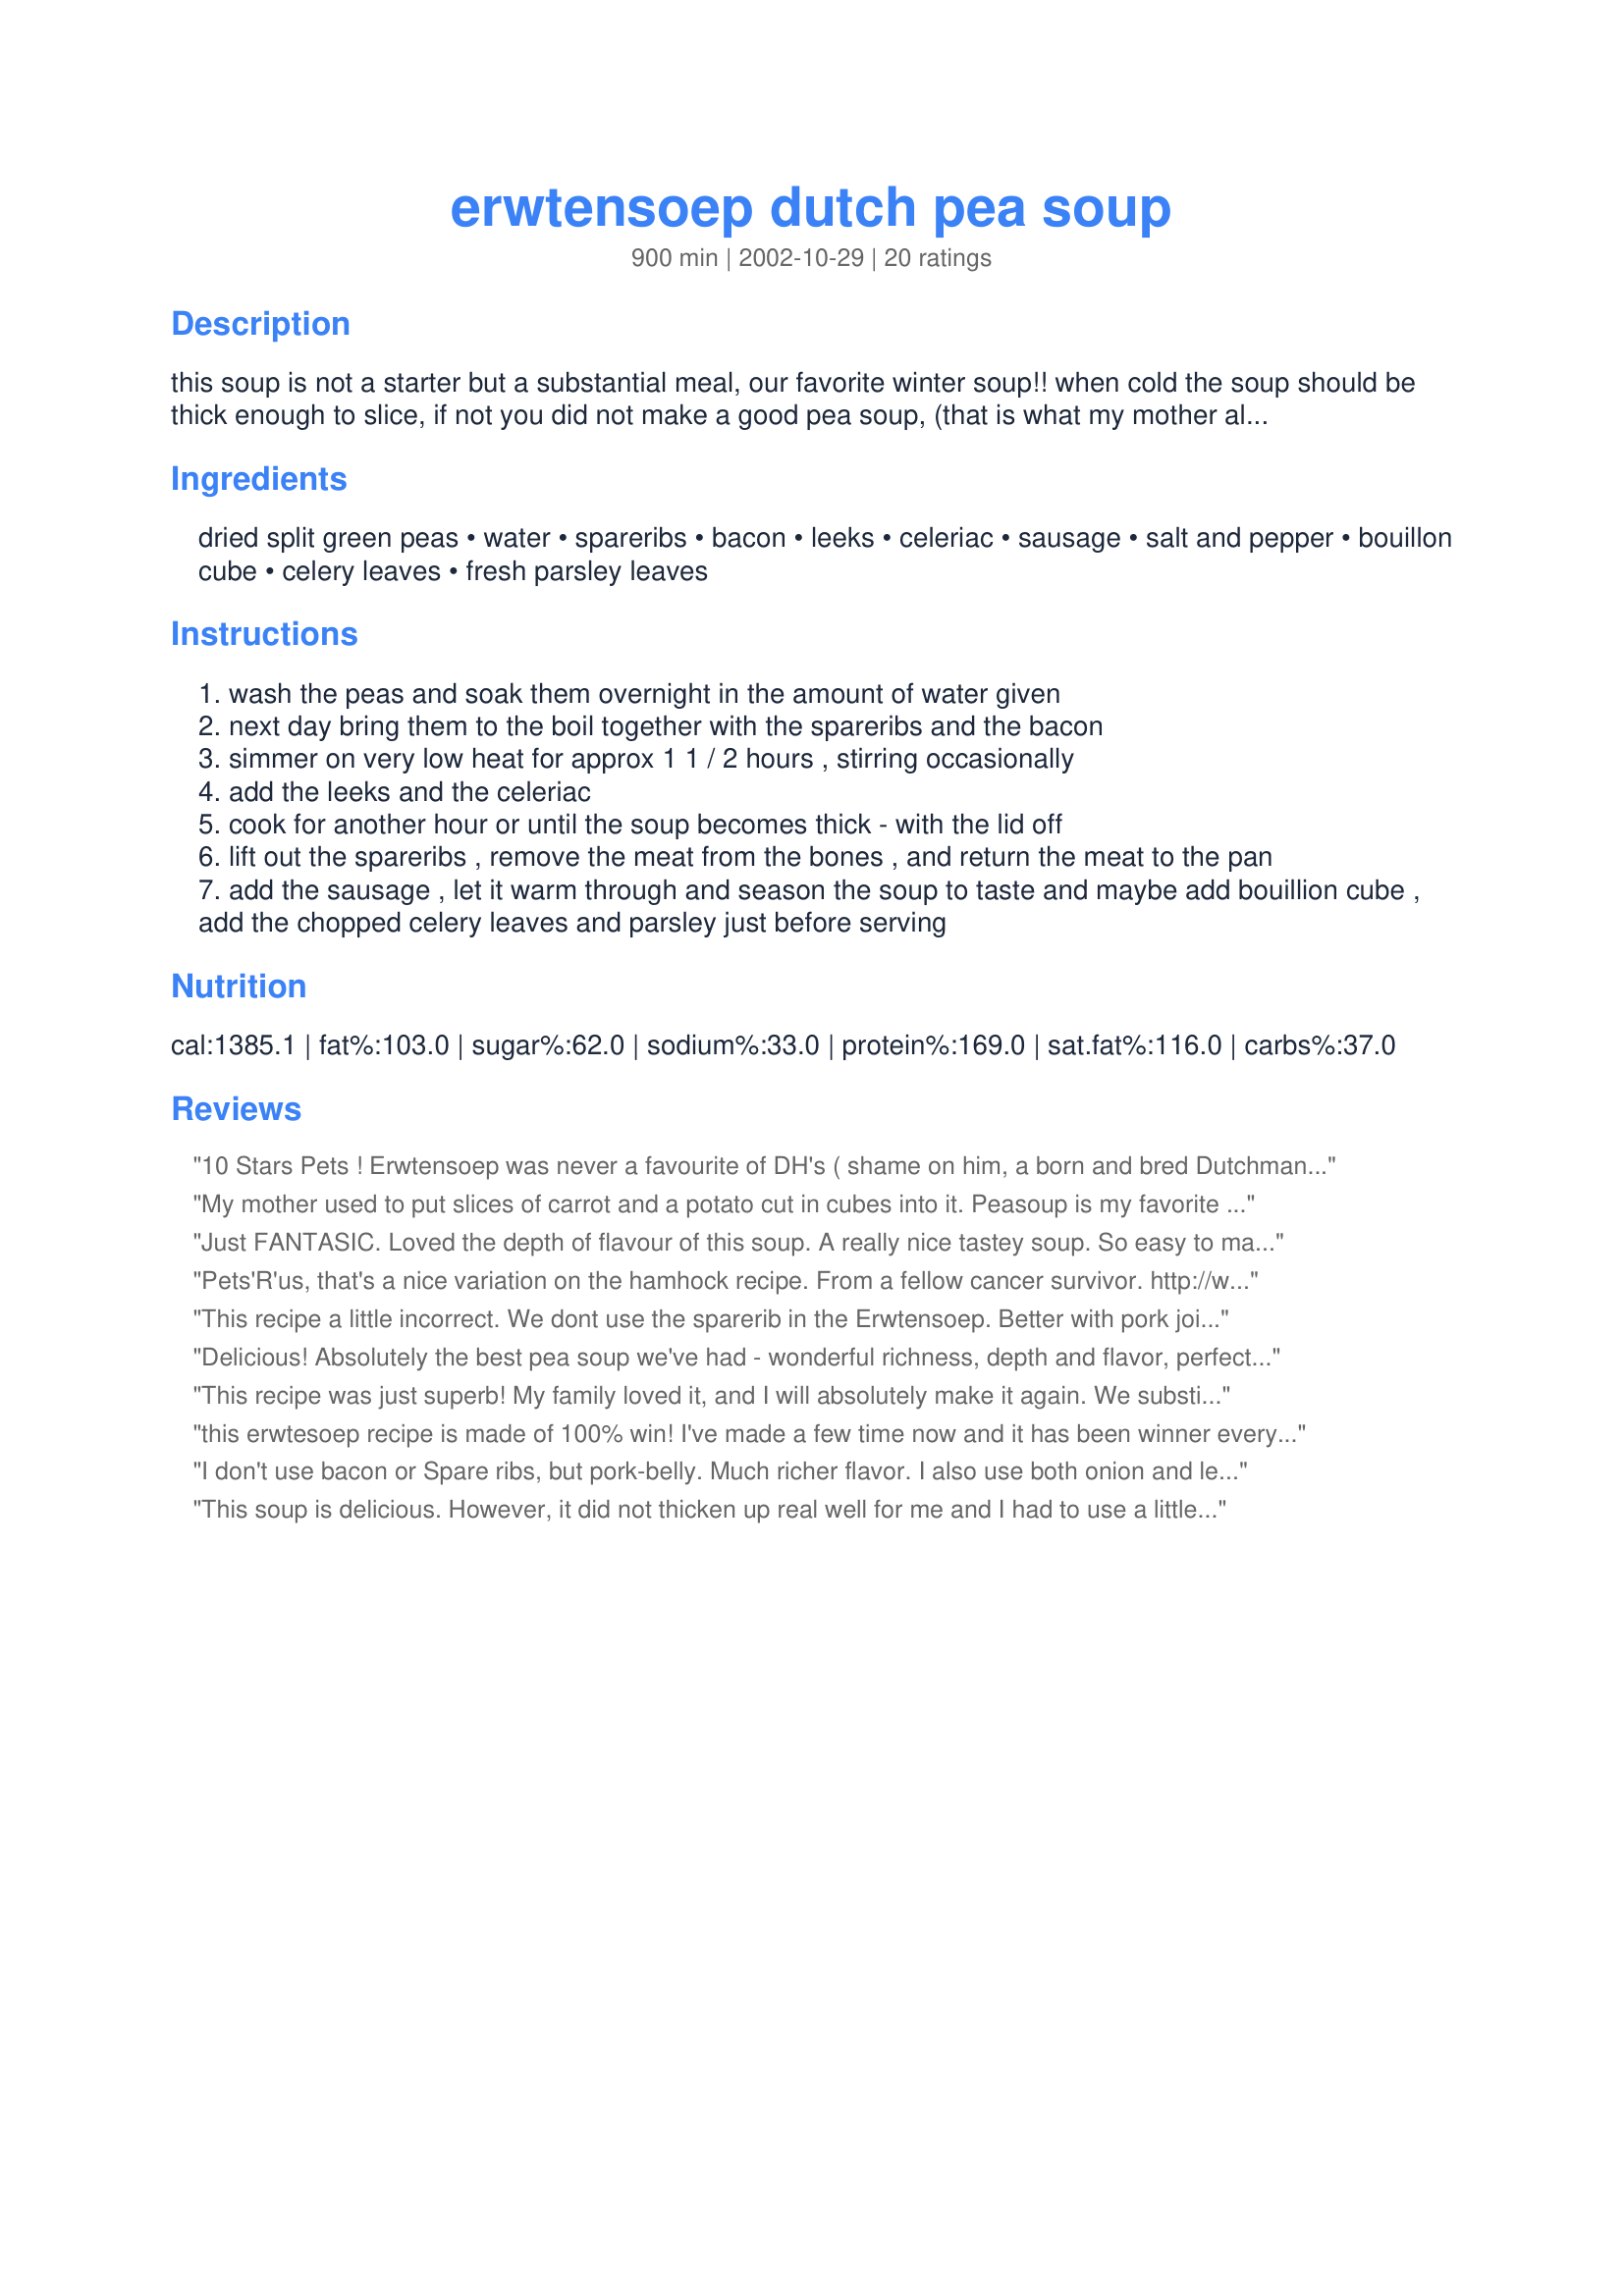
erwtensoep dutch pea soup
Preparation time: 900 minutes

this soup is not a starter but a substantial meal, our favorite winter soup!! when cold the soup should be thick enough to slice, if not you did not make a good pea soup, (that is what my mother always told me!) traditionally served with pumpernickel bread. freezes well. i use 2 1/2 cups of split peas and find that thick enough, but for the true thick dutch version you should use 3 1/2 cups.
after a discussion with other zaar members i like to add this: if you like, add some chopped carrots to the soup and you can make the soup without having to soak the split peas overnight.

Ingredients:
dried split green peas, water, spareribs, bacon, leeks, celeriac, sausage, salt and pepper, bouillon cube, celery leaves, fresh parsley leaves

Steps:
wash the peas and soak them overnight in the amount of water given
next day bring them to the boil together with the spareribs and the bacon
simmer on very low heat for approx 1 1 / 2 hours , stirring occasionally
add the leeks and the celeriac
cook for another hour or until the soup becomes thick - with the lid off
lift out the spareribs , remove the meat from the bones , and return the meat to the pan
add the sausage , let it warm through and season the soup to taste and maybe add bouillion cube , add the chopped celery leaves and parsley just before serving

Reviews:
10 Stars Pets ! Erwtensoep was never a favourite of DH's ( shame on him, a born and bred Dutchman LOL !!! ) but I adore the stuff and usually eat it alone. THEN, SiL got celeriac in her to-the-door organic box delivery and she hates the stuff so other SiL and I went half each and I went in search of a pea soup that would contain celeriac. Yours of course does, so is a REAL Dutch born and bred authentic version and I must say,... when DH tasted this and muttered that he might grow to actually LIKE erwtensoep every now and agin if it was make like THIS, then I knew that this was a winner indeed. Since I only had half of a celeriac, I also added celery .. heck the more the merrier, the taste of both is excellent. The spareribs touch is devine as I like this soup meaty but not too fatty. to this end I used a leaner bacon and plenty of it, and added a heap of Rookworst, again the more the better in my estimation. The end result is a super thick soup that you can not only cut with a knife when it's cold (true test of excellent Dutch Pea Soup tradition) but that will stack up very nicely indeed in your freezer. This is no wimp of a boullion soup, it's full and hearty and so substantial that it will keep you going on the coldest of days. Please see my rating system: 5 excellent stars for a recipes that uses celeriac AND convinced DH that Erwtensoep was actually pretty brilliant after all. Thanks !!!
My mother used to put slices of carrot and a potato cut in cubes into it. Peasoup is my favorite soup and I am sure to try this one! I t sounds like my mothers recipe, but the ingredients are 'Americanized'. I never knew what kind of pork to use, but your idea of spareribs is great! Peasoup gets better when you cook it a day before you eat it.. It thickens and the flavors really develop... SO YUMMY!
Just FANTASIC. Loved the depth of flavour of this soup. A really nice tastey soup. So easy to make. I followed the recipe exactly as per Pets directions. 
I am certainly going to make the soup again. YUMMO! Thank you.
Pets'R'us, that's a nice variation on the hamhock recipe.
From a fellow cancer survivor.
http://www.danen.org/h/cancer.php

This recipe a little incorrect. We dont use the sparerib in the Erwtensoep. Better with pork joint. Good Erwtensoep take 2 days for making. And thick. Very very thick. Here http://www.coquinaria.nl/recepten/bouillons/erwtensoep.htm. If comprehension of the dutch or can convert for very very good Erwtensoep.
Delicious! Absolutely the best pea soup we've had - wonderful richness, depth and flavor, perfect for a cold winter night supper. It was surprisingly not greasy, despite the bacon, and was delicious served with crusty French bread and a cold, creamy slaw of cabbage and sprouts. I used more than 3 1/2 cups of peas, so as to not have a partial package left over. Also more ribs, 2.5 lbs., because the grocery store didn't have smaller packages. The store also didn't have slab bacon, so 10 oz. of salt pork was used,and smoked turkey sausage instead of Polish because it was on sale and also lower in fat (Dutch sausage was not an option). And last, I got too busy with family at the end of cooking to add the chopped celery and parsley, but a small dash of salt and a fresh grind of black pepper over individual bowls completed all the seasoning that was needed. Even with all the unintended changes, this soup was wonderful, and the recipe made a large quantity that will allow for serving another day, as well as a container in the freezer - well worth the minimal amount of work to make it. This was my first experience using celeriac, so I am glad to have learned about using it - an interesting and tasty flavor. A personal rule of thumb has been confirmed, though - any excuse for using leeks is probably good. Thank you for this great recipe!
This recipe was just superb! My family loved it, and I will absolutely make it again. We substituted Polish smoked sausage for the Dutch, but I will try to find some Dutch sausage in one of the towns near me with a big Dutch population. You're right -- it certainly is a hearty and filling soup.

Thanks again!
this erwtesoep recipe is made of 100% win!

I've made a few time now and it has been winner every time. Don't need to soak the split peas overnight, just start boiling them with the meat straight away.

very good recipe :)
I don't use bacon or Spare ribs, but pork-belly. Much richer flavor. I also use both onion and leeks, carrot, both celery and celery ribs and potato, which improve the texture.
This soup is delicious. However, it did not thicken up real well for me and I had to use a little cornstarch to help it thicken some but that was my fault because I know that I used too much water. I made more than 4 servings and it made ALOT. I am going to have to freeze some. The soup is so wonderful and filling and all of the different meats in it is so good. Outstanding recipe. I will be making this again. Thank you very much.
Great soup! I also used a thick slab of European bacon in the soup. Didn't use spareribs or sausage - but that was just because I didn't have any on hand. Used only 2 1/2 cups of split peas, but will definitely use more next time. We had a friend in for dinner and he and my husband both ate 3 large bowlfuls! Thanks for the recipe!
My family are from the Dutch East-Indies, and we serve this soup a little differently. We prepare a large serving of white rice and serve the soup ladled on top of it. We usually have it with Sambal Ulek or Sambal Badjak. It goes well with a nice cold lager beer (It's not just a soup for cold weather, I eat it year round) My grandmother used to prepare the day long version of the soup using ox tail instead of spare ribs, however I have also come up with a "cheater" soup which got me through college (dutch-indo version of Kraft Dinner) I would use a couple of cans of French Canadian pea soup, and a Ukrainian double smoked sausage. I would heat up the soup with the sausage boiling in it, then take the sausage out and slice it very thin. I'd drop the sliced pieces back into the soup and let it boil until it thickened a bit. I'd make up some white rice in my cooker and then serve up a couple of bowls of rice and soup. It wasn't perfect, but it was still very tasty and I could make it in 20 min or less.
My ex-husband is 100% Dutch so I was lucky enough to snag some real Dutch recipes from his non-English speaking Mum. Your mother is very correct in that it MUST be thick or it just isn't authentic. My kids have been alternately picky through their lives and they were surprised as I was when they reached for 2nd's and 3rd's. This recipe tasted exactly like my ex-MIL, Dank u! :)

Erwtensoep translates to little earth soup and is traditionally prepared on the Winter Solstice to celebrate the days getting longer. The green peas signify the earth turning green after the long winter. Originally this was a Pagan tradition and it still is in my household.
This is a great recipe. You can also use a pig&#039;s trotters instead of the spare ribs if you want to go traditional. We eat black rye bread with butter with smoked bacon at the side.
Excellent! Being married to a Dutchman and having lived in the Netherlands, adding a carrot and potato is essential. There are many variations to this recipe. I used a thick slice of European bacon from the deli which works out perfect. Will make this again.
Mmm...a very filling soup..if thats what you call it.!!very yummy too. Next time, i would add more smoked meat as i like a..umm..smokier flavour..couldnt get a dutch sausage so got a polish one instead, and also used knackwurst instead of frankfurters.My brother is a continental butcher so we love our meat..!!Also used kassler instead of the bacon..will use smoked bacon next time tho...oh..also had pumpernickel bread too..Happy wholesome goodness...will make again for sure..!!
Quick tip: grate a potato into the soup in the last half hour of cooking. Helps to remove any scum from the split peas and pork, and helps to thicken it.

Trick from my Dutch mother.
This soup is great! My husband lived in the Hague for 12 years, and he says it is just like he remembers. We used ham hock instead of the bacon the first time, and Canadian bacon the second, and it was great both times. It is SO much better than any canned pea soups! It also freezes well, which is good since there are only the two of us now.
Very good authentic erwtensoep, love it!

I add a few potatoes and carrots as that's what we do in our whanau :-)
